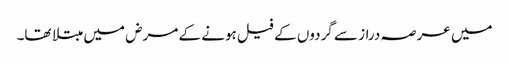
میں عرصہ دراز سے گردوں کے فیل ہونے کے مرض میں مبتلا تھا۔